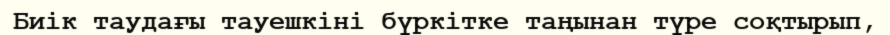
Биік таудағы тауешкіні бүркітке таңынан түре соқтырып,